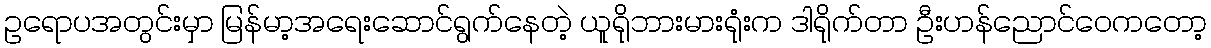
ဥရောပအတွင်းမှာ မြန်မာ့အရေးဆောင်ရွက်နေတဲ့ ယူရိုဘားမားရုံးက ဒါရိုက်တာ ဦးဟန်ညောင်ဝေကတော့